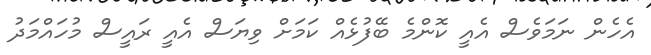
އެެހެން ނަމަވެސް އެއީ ކޮންމެ ބޭފުޅެއް ކަމަށް ވިޔަސް އެއީ ރައީސް މުހައްމަދު